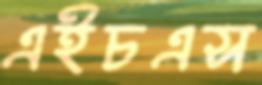
এইচএস